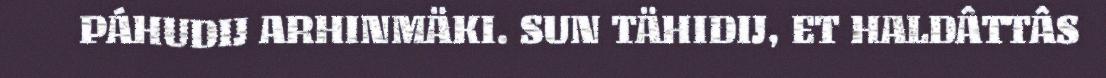
PÁHUDIJ ARHINMÄKI. SUN TÄHIDIJ, ET HALDÂTTÂS